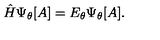
{ \hat { H } } \Psi _ { \theta } [ A ] = E _ { \theta } \Psi _ { \theta } [ A ] .